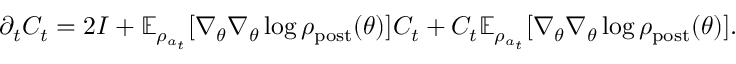
\begin{array} { r } { \partial _ { t } C _ { t } = 2 I + \mathbb { E } _ { \rho _ { a _ { t } } } [ \nabla _ { \theta } \nabla _ { \theta } \log \rho _ { \mathrm { p o s t } } ( \theta ) ] C _ { t } + C _ { t } \mathbb { E } _ { \rho _ { a _ { t } } } [ \nabla _ { \theta } \nabla _ { \theta } \log \rho _ { \mathrm { p o s t } } ( \theta ) ] . } \end{array}